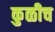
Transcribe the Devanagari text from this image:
कुळीच